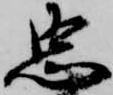
忠